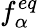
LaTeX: f_{\alpha}^{eq}